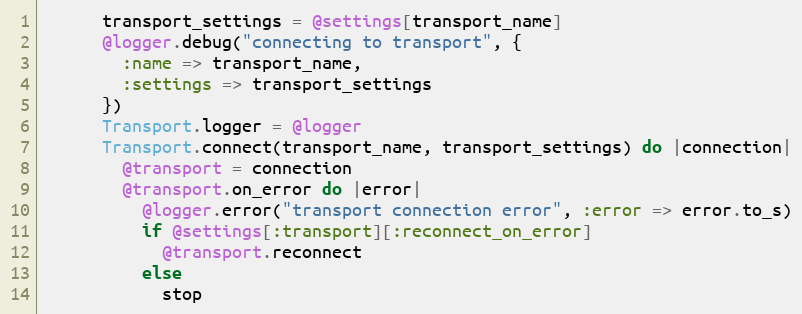
Language: Ruby
      transport_settings = @settings[transport_name]
      @logger.debug("connecting to transport", {
        :name => transport_name,
        :settings => transport_settings
      })
      Transport.logger = @logger
      Transport.connect(transport_name, transport_settings) do |connection|
        @transport = connection
        @transport.on_error do |error|
          @logger.error("transport connection error", :error => error.to_s)
          if @settings[:transport][:reconnect_on_error]
            @transport.reconnect
          else
            stop